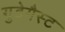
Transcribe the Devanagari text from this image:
गुडेगैस्ट